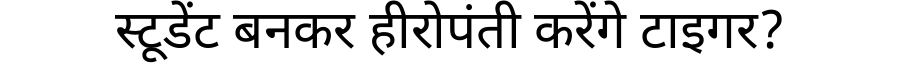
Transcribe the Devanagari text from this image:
स्टूडेंट बनकर हीरोपंती करेंगे टाइगर?